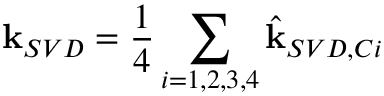
\mathbf { k } _ { S V D } = \frac { 1 } { 4 } \sum _ { i = 1 , 2 , 3 , 4 } \hat { \mathbf { k } } _ { S V D , C i }